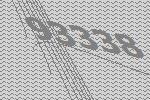
93338